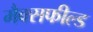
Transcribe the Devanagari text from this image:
मैक्सफील्ड